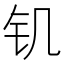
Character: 𰽕